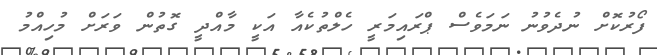
ފޯރުކޮށް ނުދެވުނު ނަމަވެސް ޕްރައިމަރީ ހެލްތުކެއާ އަކީ މާއްދީ ގޮތުން ވަރަށް މުހިއްމު